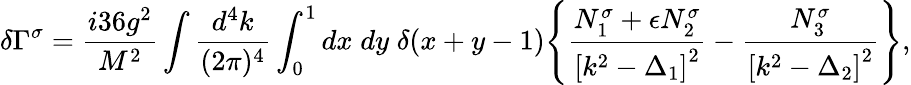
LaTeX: \delta\Gamma^{\sigma}=\frac{i36g^{2}}{M^{2}}\int\frac{d^{4}k}{(2\pi)^{4}}\int_{0}^{1}dx\; dy\; \delta(x+y-1)\Biggl\{ \frac{N_{1}^{\sigma}+\epsilon N_{2}^{\sigma}}{\left[k^{2}-\Delta_{1}\right]^{2}}-\frac{N_{3}^{\sigma}}{\left[k^{2}-\Delta_{2}\right]^{2}}\Biggr\} ,